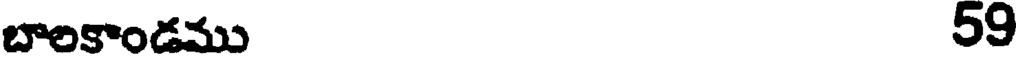
బాలకాండము 59